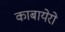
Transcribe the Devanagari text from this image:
काबायेरो